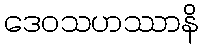
ဒေဝသဟဿာနိ